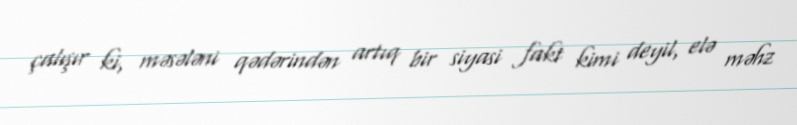
çalışır ki, məsələni qədərindən artıq bir siyasi fakt kimi deyil, elə məhz